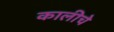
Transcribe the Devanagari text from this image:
कालीचे